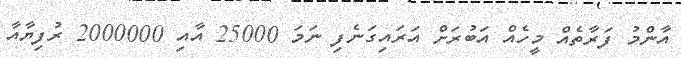
އާންމު ފަރާތެއް މީހެއް އަބުރަށް އަރައިގަނެފި ނަމަ 25000 އާއި 2000000 ރުފިޔާއާ